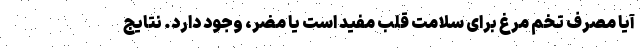
آیا مصرف تخم مرغ برای سلامت قلب مفید است یا مضر، وجود دارد. نتایج